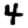
Digit: 4